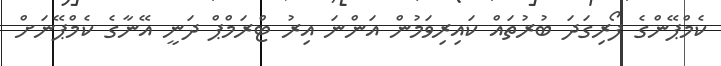
ކެމްޕޭންގެ ފޯރިގަދަ ބުރުތައް ކައިރިވަމުން އަންނަ އިރު ޓްރަމްޕް ދަނީ އޭނާގެ ކެމްޕޭނަށް